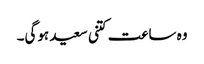
وہ ساعت کتنی سعید ہوگی۔